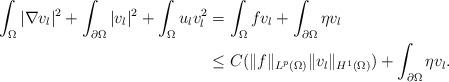
LaTeX: \begin{align*}\begin{aligned}\int_{\Omega}|\nabla v_{l}|^{2}+\int_{\partial\Omega}|v_{l}|^{2}+\int_{\Omega}u_{l}v_{l}^{2}&=\int_{\Omega}fv_{l}+\int_{\partial\Omega}\eta v_{l}\\&\le C(\|f\|_{L^{p}(\Omega)}\|v_{l}\|_{H^{1}(\Omega)})+\int_{\partial\Omega}\eta v_{l}.\end{aligned}\end{align*}